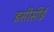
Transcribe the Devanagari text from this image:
इसीसीई